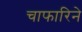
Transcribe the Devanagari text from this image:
चाफारिने